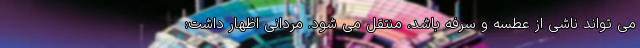
می تواند ناشی از عطسه و سرفه باشد، منتقل می شود. مردانی اظهار داشت: